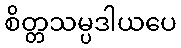
စိတ္တသမ္ပဒါယပေ